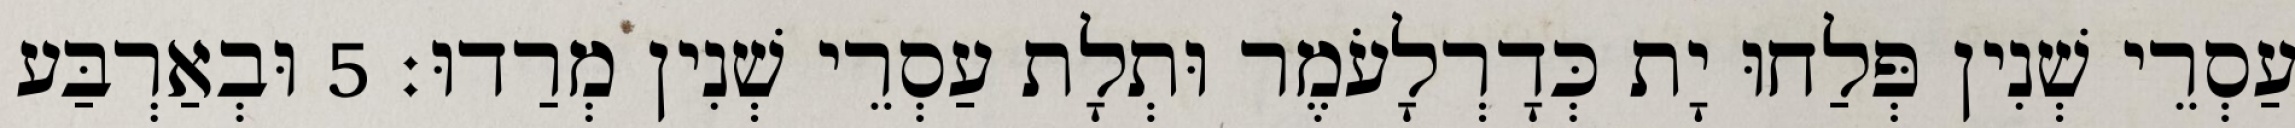
עַסְרֵי שְׁנִין פְּלַחוּ יָת כְּדָרְלָעֹמֶר וּתְלָת עַסְרֵי שְׁנִין מְרַדוּ׃ 5 וּבְאַרְבַּע